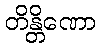
တိန္တိဏော